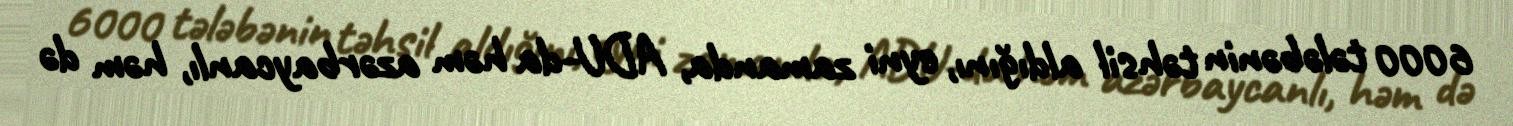
6000 tələbənin təhsil aldığını, eyni zamanda, ADU-da həm azərbaycanlı, həm də